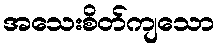
အသေးစိတ်ကျသော